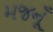
મજનૂઁ